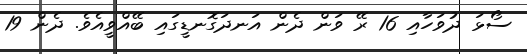
ސޯޅަ ދުވަހާއި 16 ރޭ ވަން ދެން އަނދަގޮނޑީގައި ބޭއްވީއެވެ. ދެން 19